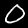
Digit: 0